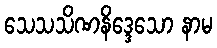
သေသသိဏနိဒ္ဒေသော နာမ